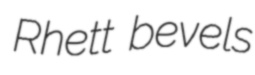
Rhett bevels